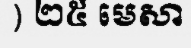
) ២៥ មេសា